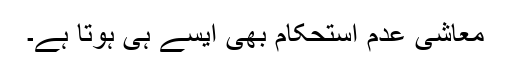
معاشی عدم استحکام بھی ایسے ہی ہوتا ہے۔